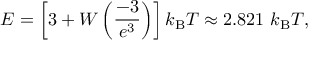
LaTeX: E = \left[ 3 + W \left( { \frac { - 3 } { e ^ { 3 } } } \right) \right] k _ { \mathrm { B } } T \approx 2 . 8 2 1 \ k _ { \mathrm { B } } T ,